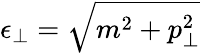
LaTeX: \epsilon_{\bot}=\sqrt{m^{2}+p_{\bot}^{2}}